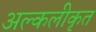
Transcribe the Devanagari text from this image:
अल्कलीकृत